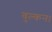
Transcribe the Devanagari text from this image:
वुल्कन।